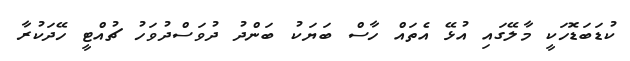
ކުޑަބަޑޮހަކީ މާލޭގައި އުޅޭ އެތައް ހާސް ބަޔަކު ބަންދު ދުވަސްދުވަހު ޗުއްޓީ ހޭދަކުރާ